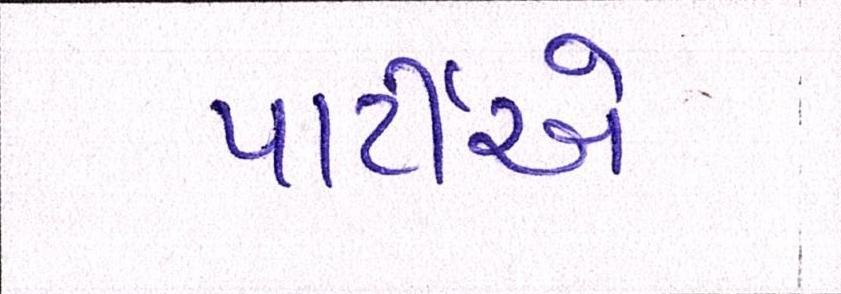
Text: પાર્ટીએ